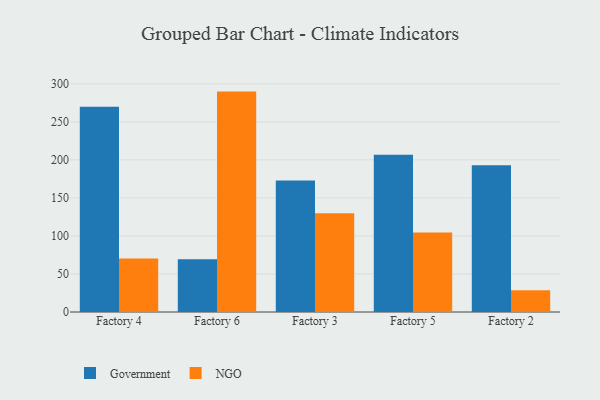
{"axis": {"x": "Factory", "y": "Shipments"}, "legend": ["Government", "NGO"], "data": [{"x": "Factory 4", "y": 269.9, "type": "Government"}, {"x": "Factory 4", "y": 70.5, "type": "NGO"}, {"x": "Factory 6", "y": 69.4, "type": "Government"}, {"x": "Factory 6", "y": 289.8, "type": "NGO"}, {"x": "Factory 3", "y": 172.8, "type": "Government"}, {"x": "Factory 3", "y": 129.8, "type": "NGO"}, {"x": "Factory 5", "y": 206.7, "type": "Government"}, {"x": "Factory 5", "y": 104.5, "type": "NGO"}, {"x": "Factory 2", "y": 192.8, "type": "Government"}, {"x": "Factory 2", "y": 28.5, "type": "NGO"}]}